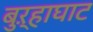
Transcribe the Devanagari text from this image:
बुऱ्हाघाट